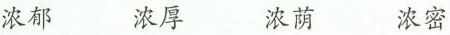
浓郁 浓厚 浓荫 浓密